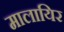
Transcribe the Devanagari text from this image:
मालायिर